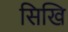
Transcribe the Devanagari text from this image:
सिखि